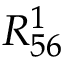
R _ { 5 6 } ^ { 1 }